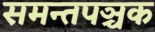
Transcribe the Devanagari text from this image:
समन्तपञ्चक